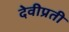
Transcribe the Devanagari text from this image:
देवीप्रती